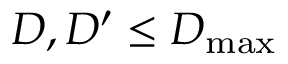
D , D ^ { \prime } \leq D _ { \mathrm { m a x } }